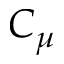
C _ { \mu }